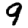
Digit: 9